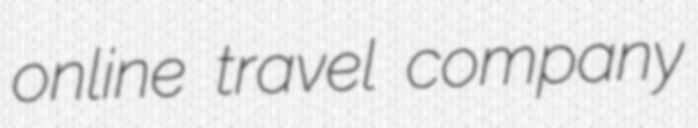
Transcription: online travel company